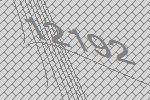
12192